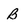
Character: B